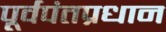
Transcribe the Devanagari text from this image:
पूर्वपंतप्रधान